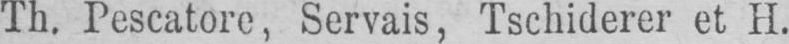
Th. Pescatore, Servais, Tschiderer et H.